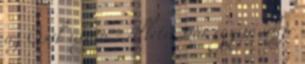
az Ősök útján - Illetve már egy jó ideje